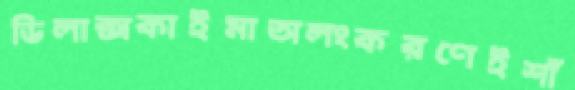
ডিলাক্সকাইমাঅলংকরণেইশাঁ